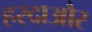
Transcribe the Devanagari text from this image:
हरदाऔर